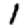
Digit: 1